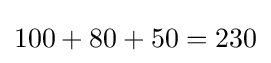
100+80+50=230